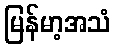
မြန်မာ့အသံ